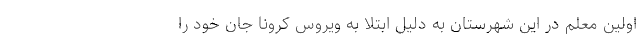
اولین معلم در این شهرستان به دلیل ابتلا به ویروس کرونا جان خود را